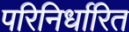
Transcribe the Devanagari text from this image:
परिनिर्धारित